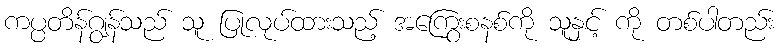
ကပ္ပတိန်ဂျွန်သည် သူ ပြုလုပ်ထားသည့် အကြွေးစနစ်ကို သူနှင့် ကို တစ်ပါတည်း